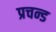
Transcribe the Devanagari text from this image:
प्रचन्ड